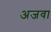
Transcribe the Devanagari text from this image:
अजवा